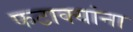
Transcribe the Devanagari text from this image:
फटाक्यांना